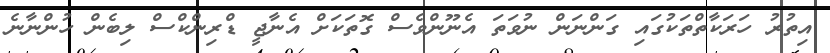
އިތުރު ހަރަކާތްތަކުގައި ގަންނަން ނުވަތަ އެނޫންވެސް ގޮތަކަށް އެނާޖީ ޑްރިންކްސް ލިބެން ހުންނާނެ